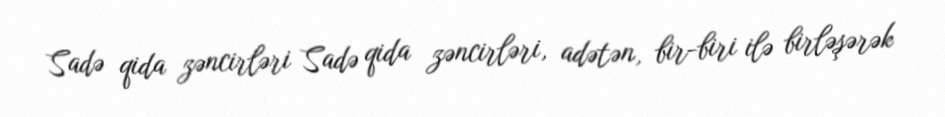
Sadə qida zəncirləri Sadə qida zəncirləri, adətən, bir-biri ilə birləşərək